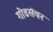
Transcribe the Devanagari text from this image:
गोडसेंवर